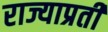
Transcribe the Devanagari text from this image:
राज्याप्रती